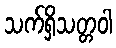
သက်ရှိသတ္တဝါ